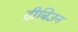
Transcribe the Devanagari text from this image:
ट्रीबिउन